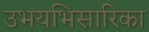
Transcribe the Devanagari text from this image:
उभयभिसारिका